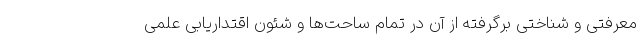
معرفتی و شناختی برگرفته از آن در تمام ساحت­ها و شئون اقتداریابی علمی